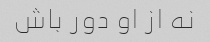
نه از او دور باش